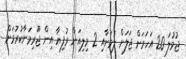
ޖުމުލަ 20 އަހަރަށް ޖަލަށް ލުމަށާއި 2 މިލިއަން ރުފިޔާ އިން ޖޫރިމަނާކުރުމަށް